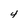
Character: 4